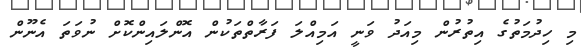
މި ހިދުމަތުގެ އިތުރުން މިއަދު ވަނީ އަމިއްލަ ފަރާތްތަކުން އޮންލައިންކޮށް ނުވަތަ އެނޫން